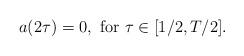
LaTeX: \begin{align*}a(2\tau)=0,\ \mbox{for}\ \tau\in[1/2,T/2].\end{align*}